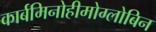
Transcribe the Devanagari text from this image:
कार्बमिनोहीमोग्लोबिन